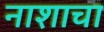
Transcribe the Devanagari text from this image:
नाशाचा